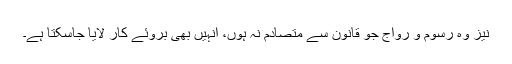
نیز وہ رسوم و رواج جو قانون سے متصادم نہ ہوں، انہیں بھی بروئے کار لایا جاسکتا ہے۔